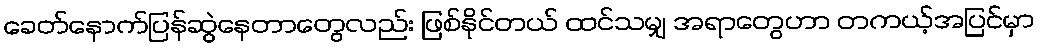
ခေတ်နောက်ပြန်ဆွဲနေတာတွေလည်း ဖြစ်နိုင်တယ် ထင်သမျှ အရာတွေဟာ တကယ့်အပြင်မှာ